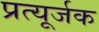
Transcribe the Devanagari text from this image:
प्रत्यूर्जक